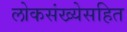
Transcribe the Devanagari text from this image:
लोकसंख्येसहित